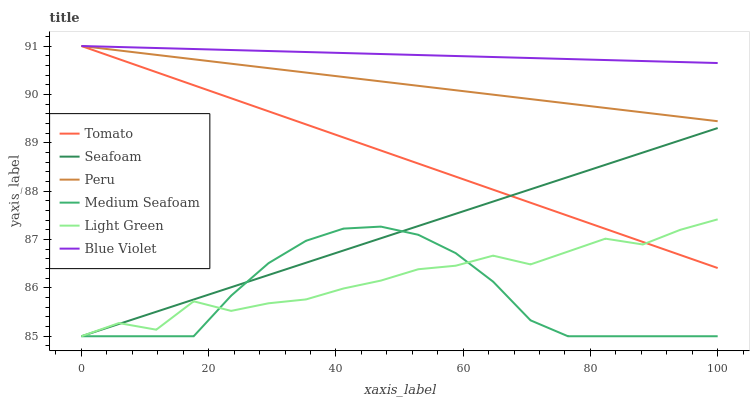
| xaxis_label | Tomato | Seafoam | Peru | Medium Seafoam | Light Green | Blue Violet |
 | --- | --- | --- | --- | --- | --- | --- |
 | 0 | 91 | 85 | 91 | 85 | 85 | 91 |
 | 5.88 | 90.7 | 85.3 | 90.9 | 85 | 85.3 | 91 |
 | 11.8 | 90.5 | 85.5 | 90.8 | 85 | 85.1 | 91 |
 | 17.6 | 90.2 | 85.8 | 90.7 | 85 | 85.7 | 90.9 |
 | 23.5 | 89.9 | 86 | 90.6 | 85.8 | 85.5 | 90.9 |
 | 29.4 | 89.7 | 86.3 | 90.5 | 86.5 | 85.7 | 90.9 |
 | 35.3 | 89.4 | 86.5 | 90.5 | 87 | 85.8 | 90.9 |
 | 41.2 | 89.1 | 86.8 | 90.4 | 87.2 | 86 | 90.9 |
 | 47.1 | 88.8 | 87 | 90.3 | 87.3 | 86.2 | 90.8 |
 | 52.9 | 88.6 | 87.3 | 90.2 | 87.1 | 86.4 | 90.8 |
 | 58.8 | 88.3 | 87.5 | 90.1 | 86.7 | 86.5 | 90.8 |
 | 64.7 | 88 | 87.8 | 90 | 86.1 | 86.7 | 90.8 |
 | 70.6 | 87.8 | 88 | 89.9 | 85.3 | 86.5 | 90.8 |
 | 76.5 | 87.5 | 88.3 | 89.8 | 85 | 86.8 | 90.7 |
 | 82.4 | 87.2 | 88.5 | 89.7 | 85 | 87 | 90.7 |
 | 88.2 | 87 | 88.8 | 89.6 | 85 | 86.9 | 90.7 |
 | 94.1 | 86.7 | 89.1 | 89.5 | 85 | 87.2 | 90.7 |
 | 100 | 86.4 | 89.3 | 89.4 | 85 | 87.4 | 90.6 |